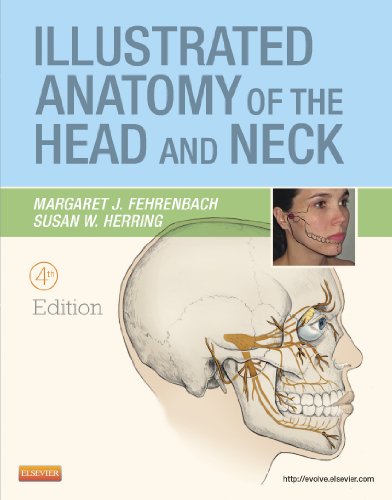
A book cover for Illustrated Anatomy of the Head and Neck, 4th Edition; Margaret J. Fehrenbach; Medical Books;